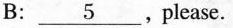
B:\underline{5} ,Please.